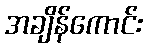
အချိန်ကောင်း